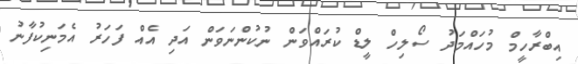
އިބްރާހީމް މުހައްމަދު ސޯލިހް ލީޑް ކުރައްވަން ނުކުންނަވަން އަދި އެއް ފަހަރު އެމަނިކުފާނު